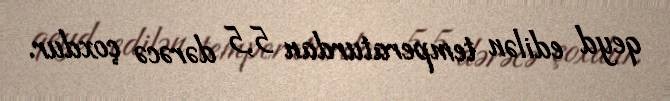
qeyd edilən temperaturdan 5,5 dərəcə çoxdur.